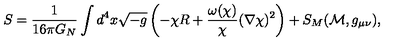
S = \frac { 1 } { 1 6 \pi G _ { N } } \int d ^ { 4 } x \sqrt { - g } \left( - \chi R + \frac { \omega ( \chi ) } { \chi } ( \nabla \chi ) ^ { 2 } \right) + S _ { M } ( { \cal M } , g _ { \mu \nu } ) ,